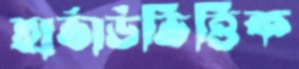
হার্ভার্ডভিত্তিক